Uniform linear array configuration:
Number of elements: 4
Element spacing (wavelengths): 0.25
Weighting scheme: uniform
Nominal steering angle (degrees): -30
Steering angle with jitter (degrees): -31.848
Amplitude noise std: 0.05
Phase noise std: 0.05

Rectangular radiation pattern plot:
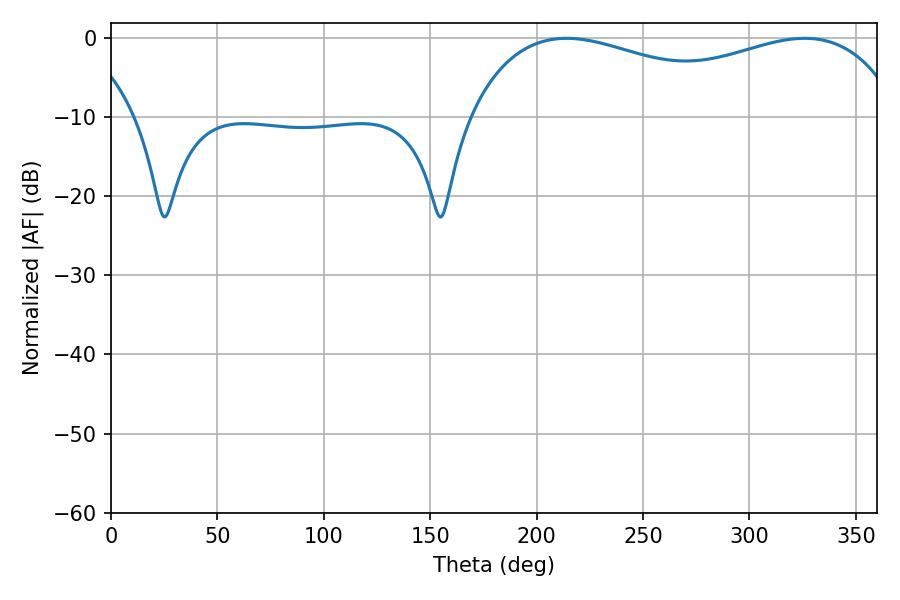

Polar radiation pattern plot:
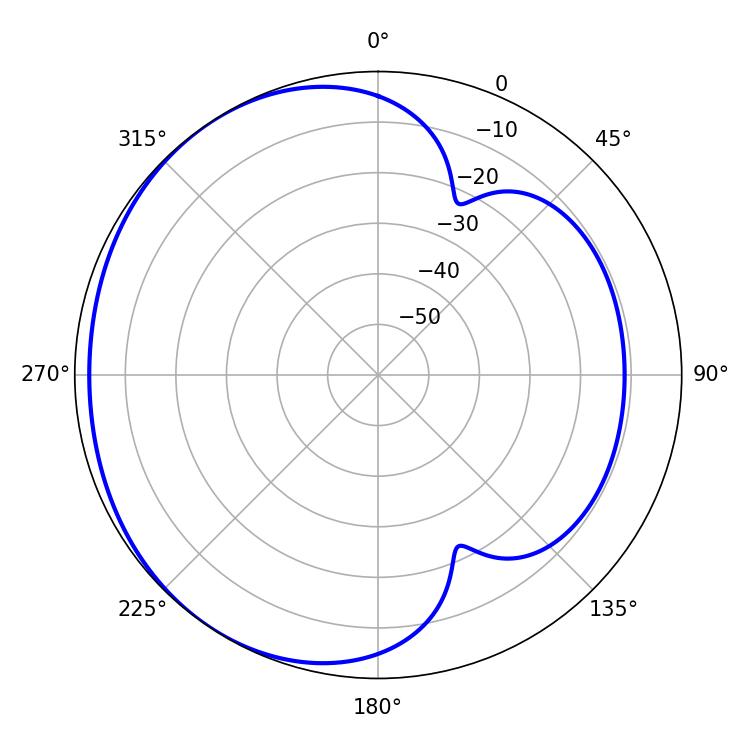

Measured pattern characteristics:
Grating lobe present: FALSE
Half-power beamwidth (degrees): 167.4
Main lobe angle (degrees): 214.02